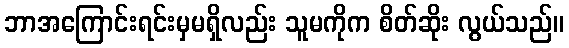
ဘာအကြောင်းရင်းမှမရှိလည်း သူမကိုက စိတ်ဆိုး လွယ်သည်။